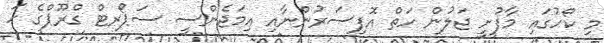
މި ކޯހުގައި މާފުށީ ޖަލުން ހަތް އޮފިސަރުންނާއި އިމަޖެންސީ ސަޕޯރޓް ގްރޫޕްގެ ހަ